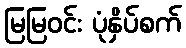
မြမြဝင်း ပုံနှိပ်စက်